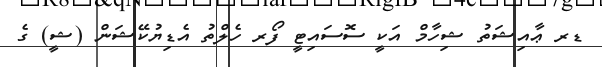
ޑރ ޢާއިޝަތު ޝިހާމް އަކީ ސޮސައިޓީ ފޯރ ހެލްތު އެޑިޔުކޭޝަން (ޝީ) ގެ